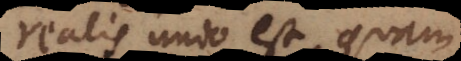
realis unio est, quam